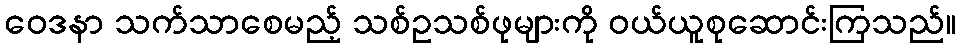
ဝေဒနာ သက်သာစေမည့် သစ်ဥသစ်ဖုများကို ဝယ်ယူစုဆောင်းကြသည်။